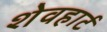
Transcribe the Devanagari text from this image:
शेवहार्ट